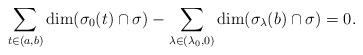
LaTeX: \begin{align*} \sum_{t \in (a,b)} \dim(\sigma_0(t) \cap \sigma) - \sum_{\lambda \in (\lambda_0, 0)} \dim(\sigma_\lambda(b) \cap \sigma) = 0.\end{align*}